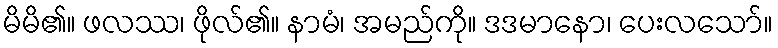
မိမိ၏။ ဖလဿ၊ ဖိုလ်၏။ နာမံ၊ အမည်ကို။ ဒဒမာနော၊ ပေးလသော်။